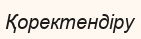
Қоректендіру